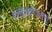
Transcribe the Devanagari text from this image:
व्हिडीओचे